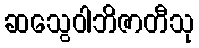
ဆသွေဝါဘိဇာတီသု